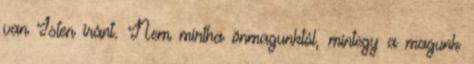
van Isten iránt. Nem mintha önmagunktól, mintegy a magunk